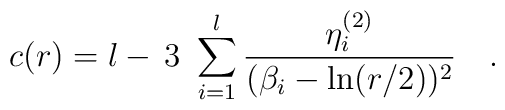
c(r)=l-\,3\,\,\sum\limits_{i=1}^{l}\frac{\eta _{i}^{(2)}}{(\beta _{i}-\ln(r/2))^{2}}\quad .